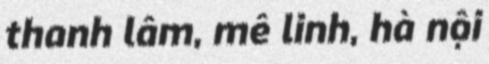
thanh lâm, mê linh, hà nội